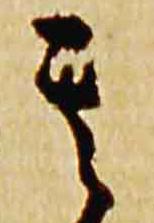
其